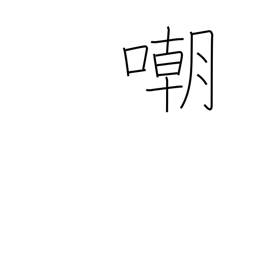
Meaning: insult